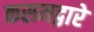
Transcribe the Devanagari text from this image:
कसमद्वारे